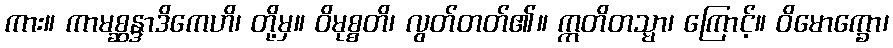
ကား။ ကာမစ္ဆန္ဒာဒိကေဟိ၊ တို့မှ။ ဝိမုစ္စတိ၊ လွတ်တတ်၏။ ဣတိတသ္မာ၊ ကြောင့်။ ဝိမောက္ခော၊